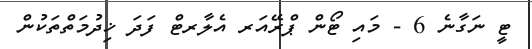
ޓީ ނަގާނެ 6 - މައި ޓޯން ޕްރޭއަރ އެލާރޓް ފަދަ ޚިދުމަތްތަކުން